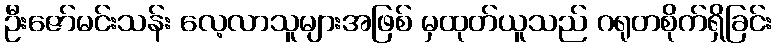
ဦးဇော်မင်းသန်း လေ့လာသူများအဖြစ် မှထုတ်ယူသည် ဂရုတစိုက်ရှိခြင်း